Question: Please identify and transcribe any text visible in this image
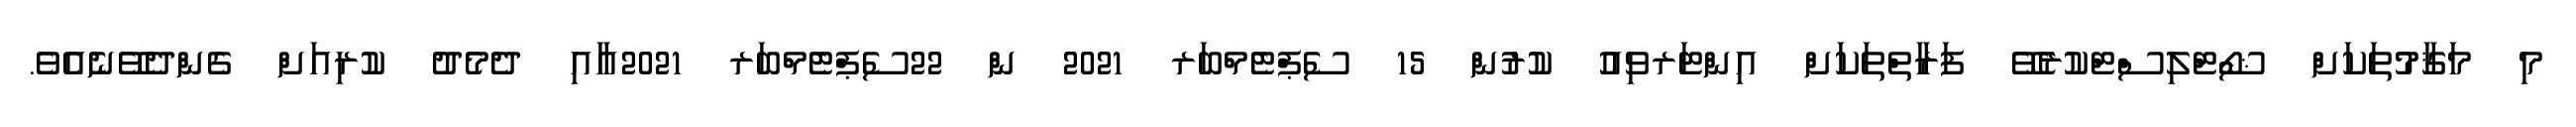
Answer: މި މަޤާމުތަކަށް ޝޯޓްލިސްޓްކުރެވޭ ފަރާތްތަކަށް އިންޓަރވިއު ކުރުން 15 ސެޕްޓެމްބަރ 2021 ން 22ސެޕްޓެމްބަރ 2021އާއި ދެމެދު ކުރިއަށް ގެންދެވޭނެއެވެ.